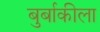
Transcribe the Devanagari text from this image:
बुर्बाकीला